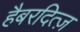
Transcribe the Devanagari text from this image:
हैबरदित्ज़